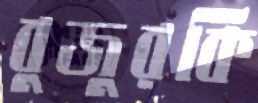
বুজুরকি